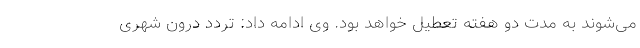
می‌شوند به مدت دو هفته تعطیل خواهد بود. وی ادامه داد: تردد درون شهری